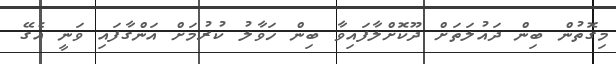
މިގޮތުން ބިން ދައުލަތަށް ދޫކޮށްލާފައިވާ ބިން ހަވާލު ކުރުމަށް އަންގާފައި ވަނީ އެގޭ